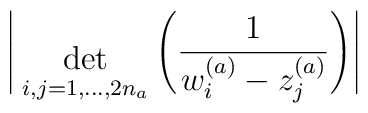
\Bigg| { \; \atop { \mbox{det} \atop {\scriptstyle i,j=1,...,2n_a} } }\Bigg(\frac{1}{w^{(a)}_i - z^{(a)}_j} \Bigg) \Bigg|